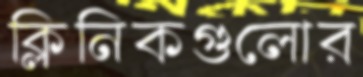
ক্লিনিকগুলোর